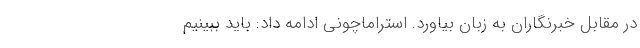
در مقابل خبرنگاران به زبان بیاورد. استراماچونی ادامه داد: باید ببینیم